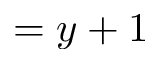
= y + 1